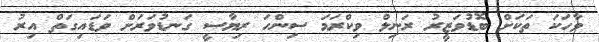
ވާހަކަ ތަކަށް ބޮޑުވަޒީރު ރަނިލް ވިކްރަމަ ސިންހަ ރިޔާސީ ގަނޑުވަރަށް ވަޑައިގަތް އިރު